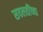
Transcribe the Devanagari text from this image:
सवलतींच्या